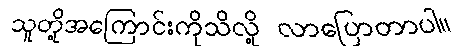
သူတို့အကြောင်းကိုသိလို့ လာပြောတာပါ။